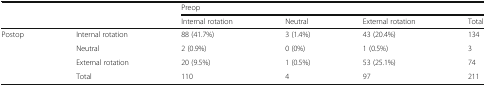
| <ROWSPAN=2-COLSPAN=2>  | <COLSPAN=4> Preop |
 | Internal rotation | Neutral | External rotation | Total |
 | --- | --- | --- | --- | --- | --- |
 | <ROWSPAN=4> Postop | Internal rotation | 88 (41.7%) | 3 (1.4%) | 43 (20.4%) | 134 |
 | Neutral | 2 (0.9%) | 0 (0%) | 1 (0.5%) | 3 |
 | External rotation | 20 (9.5%) | 1 (0.5%) | 53 (25.1%) | 74 |
 | Total | 110 | 4 | 97 | 211 |